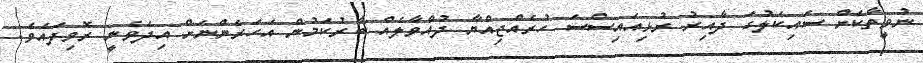
ނުވީތާކަށް ސައިކަލުގަ ދާއިރު ރުޅިއައިސްސަ ހުރެއްޖިއްޔާ ދުއްވާލެއް ބާރުކަމުން އަހަރެންނަށް އިދެވެނީ ރޮވިފައެވެ.